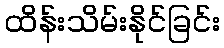
ထိန်းသိမ်းနိုင်ခြင်း